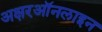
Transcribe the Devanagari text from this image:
अक्षरऑनलाइन